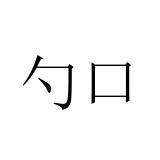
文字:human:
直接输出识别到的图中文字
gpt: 勺口